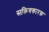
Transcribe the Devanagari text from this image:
सक्रियकारक